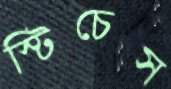
স্টিচেস